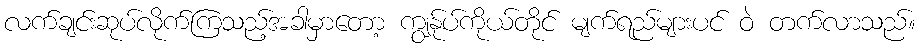
လက်ချင်းဆုပ်လိုက်ကြသည့်အခါမှာတော့ ကျွန်ုပ်ကိုယ်တိုင် မျက်ရည်များပင် ဝဲ တက်လာသည်။